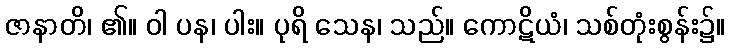
ဇာနာတိ၊ ၏။ ဝါ ပန၊ ပါး။ ပုရိ သေန၊ သည်။ ကောဋိယံ၊ သစ်တုံးစွန်း၌။